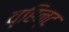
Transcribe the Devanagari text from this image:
व्हिन्ट